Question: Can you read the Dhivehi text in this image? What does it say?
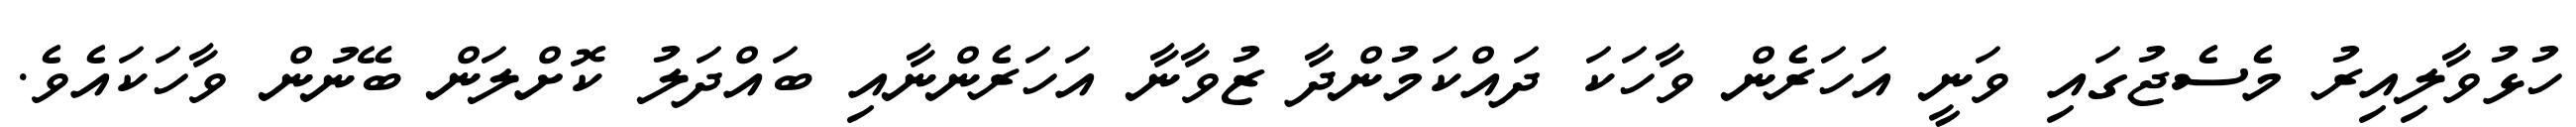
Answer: ހުޅުވާލިއިރު މެސެޖުގައި ވަނީ އަހަރެން ވާހަކަ ދައްކަމުންދާ ޒުވާނާ އަހަރެންނާއި ބައްދަލު ކޮށްލަން ބޭނުން ވާހަކައެވެ.